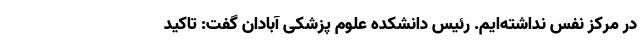
در مرکز نفس نداشته‌ایم. رئیس دانشکده علوم پزشکی آبادان گفت: تاکید